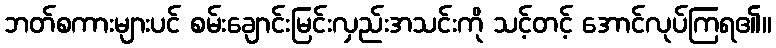
ဘတ်စကားများပင် စမ်းချောင်းမြင်းလှည်းအသင်းကို သင့်တင့် အောင်လုပ်ကြရ၏။